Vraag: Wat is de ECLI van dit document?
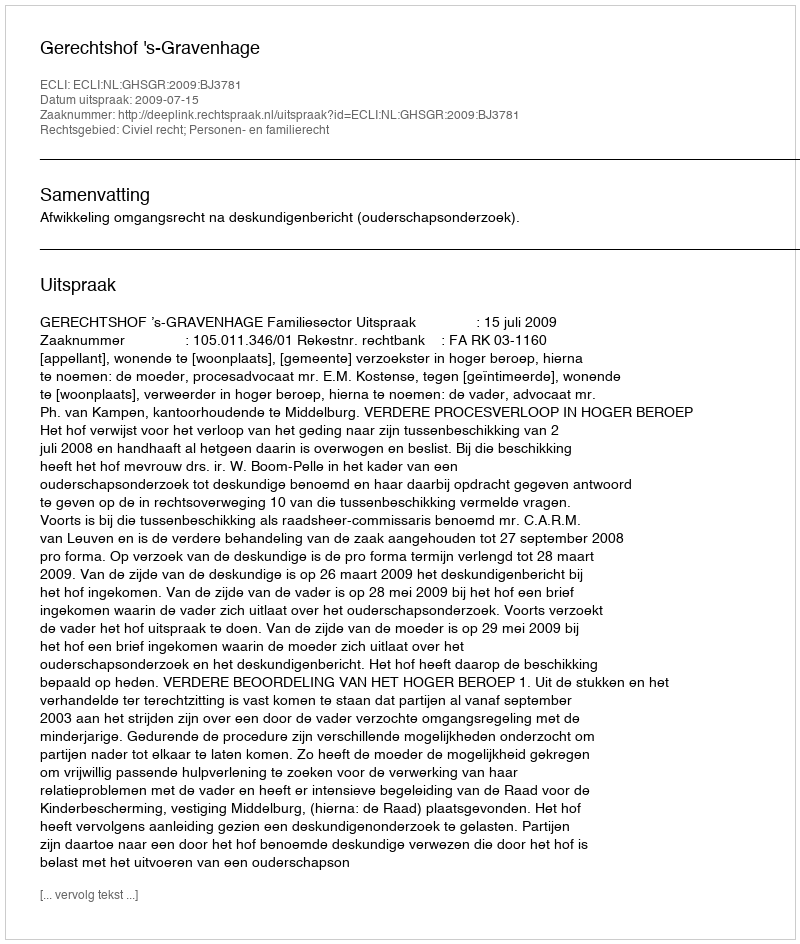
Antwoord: ECLI:NL:GHSGR:2009:BJ3781